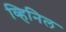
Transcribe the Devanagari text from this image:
व्हिनिल